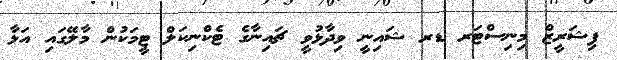
ފިޝަރީޒް މިނިސްޓަރ ޑރ ޝައިނީ ވިދާޅުވީ ޗައިނާގެ ޓެކްނިކަލް ޓީމަކުން މާލޭގައި އަޅާ